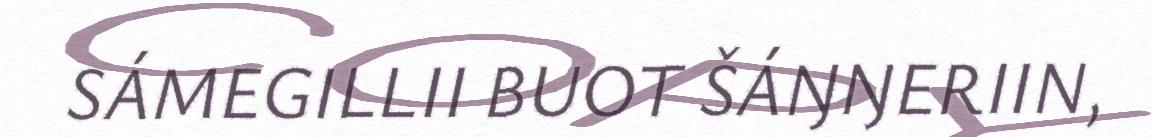
SÁMEGILLII BUOT ŠÁŊŊERIIN,